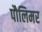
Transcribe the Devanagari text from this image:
पौलिमर